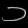
Digit: ၁